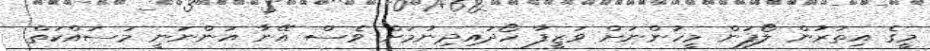
މީގެ އިތުރުން ލޯފަން މީހުންނަށް ވަޒީފާ ހޯދައިދިނުމަށް ވެސް އޭނާ އަންނަނީ މަސައްކަތް